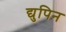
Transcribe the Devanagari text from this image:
द्युपिन